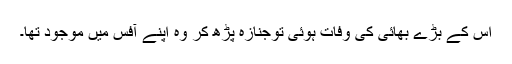
اس کے بڑے بھائی کی وفات ہوئی توجنازہ پڑھ کر وہ اپنے آفس میں موجود تھا۔